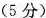
（5分）